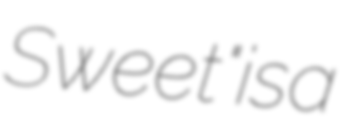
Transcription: Sweet" is a